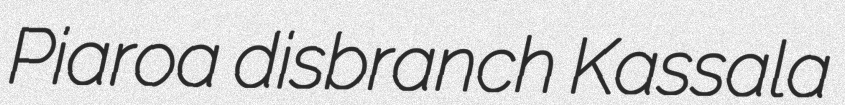
Piaroa disbranch Kassala